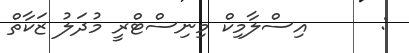
:      އިސްލާމިކް މިނިސްޓްރީ މުދަލު ޒަކާތް